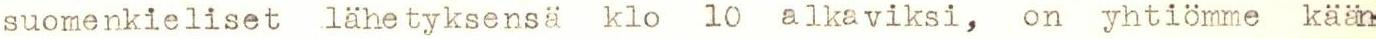
suomenkieliset lähetyksensä klo 10 alkaviksi, on yhtiömme kään-